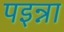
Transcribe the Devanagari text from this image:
पइन्ना